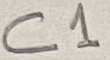
Text: C1